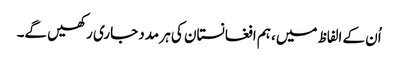
اُن کے الفاظ میں، ہم افغانستان کی ہر مدد جاری رکھیں گے۔